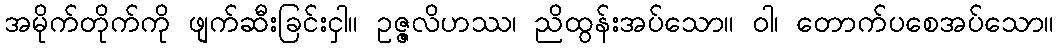
အမိုက်တိုက်ကို ဖျက်ဆီးခြင်းငှါ။ ဥဇ္ဇလိဟဿ၊ ညိထွန်းအပ်သော။ ဝါ၊ တောက်ပစေအပ်သော။